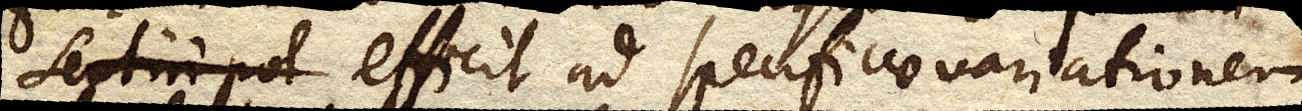
sentiri pot efficit ad specificae variationem